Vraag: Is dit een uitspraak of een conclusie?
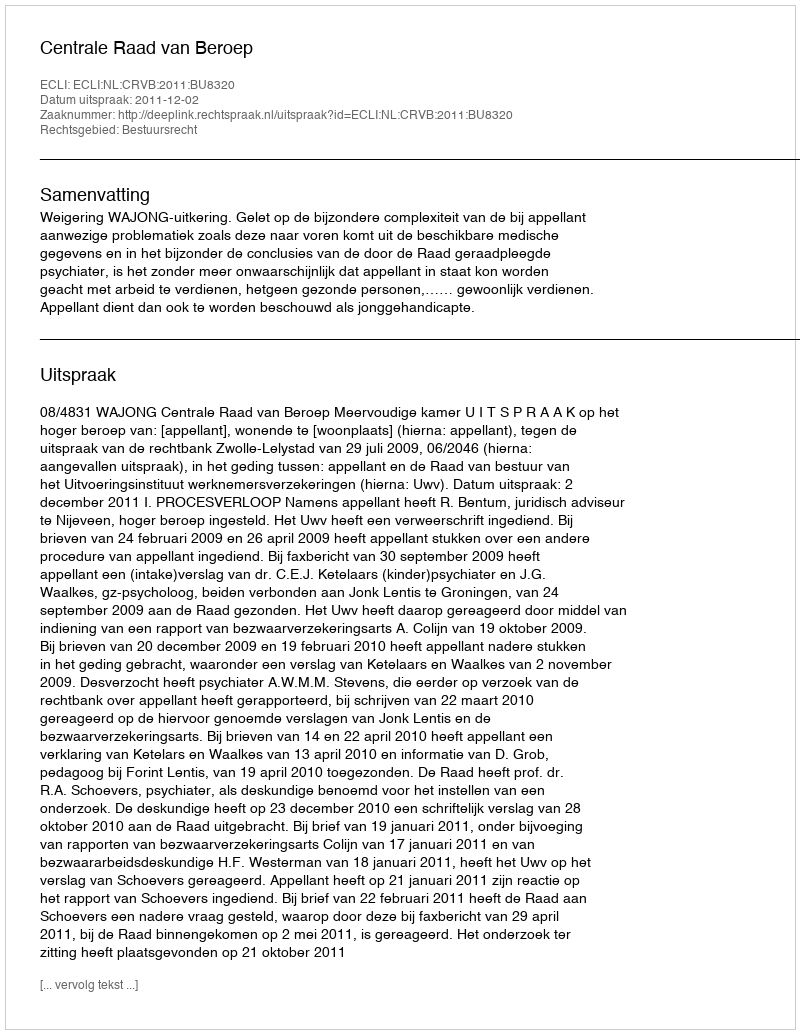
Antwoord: Uitspraak